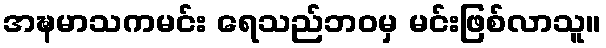
အဍ္ဎမာသကမင်း ရေသည်ဘဝမှ မင်းဖြစ်လာသူ။